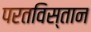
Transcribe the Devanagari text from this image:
परतविस्तान